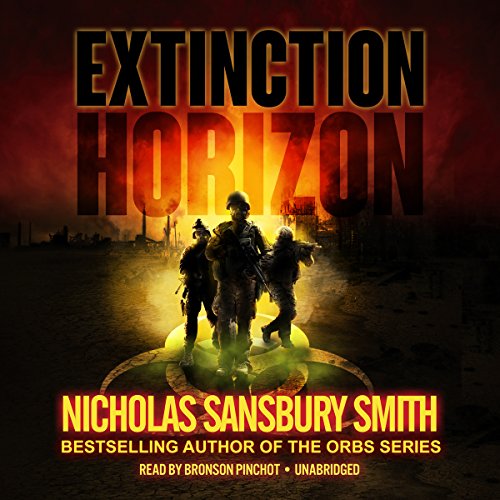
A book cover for Extinction Horizon: The Extinction Cycle, Book 1; Nicholas Sansbury Smith; Mystery, Thriller & Suspense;